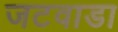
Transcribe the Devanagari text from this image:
जटवाडा